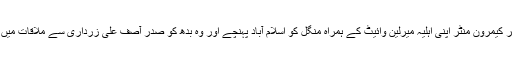
پاکستان کے لیے نئے نامزد امریکی سفیر کیمرون منٹر اپنی اہلیہ میرلین وائیٹ کے ہمراہ منگل کو اسلام آباد پہنچے اور وہ بدھ کو صدر آصف علی زرداری سے ملاقات میں اُنھیں اپنی سفارتی اسناد پیش کر یں گے۔